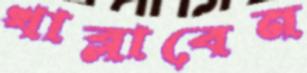
খাব্‌লাবেন